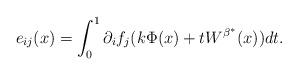
LaTeX: \begin{align*}e_{ij}(x)=\int_0^1\partial_if_j(k\Phi(x)+tW^{\beta^*}(x))dt.\end{align*}